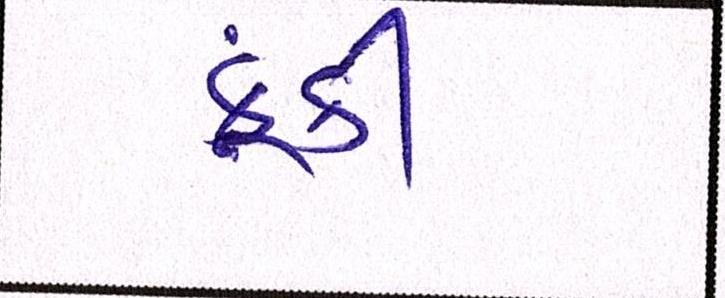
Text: ફૂંકી